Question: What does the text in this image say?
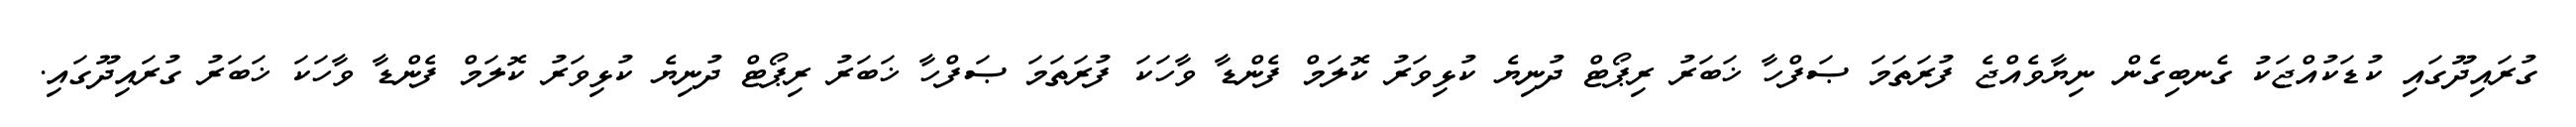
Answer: ގުރައިދޫގައި ކުޑަކުއްޖަކު ގެނބިގެން ނިޔާވެއްޖެ ފުރަތަމަ ޞަފްހާ ޚަބަރު ރިޕޯޓް ދުނިޔެ ކުޅިވަރު ކޮލަމް ފެންޑާ ވާހަކަ ފުރަތަމަ ޞަފްހާ ޚަބަރު ރިޕޯޓް ދުނިޔެ ކުޅިވަރު ކޮލަމް ފެންޑާ ވާހަކަ ޚަބަރު ގުރައިދޫގައި.